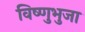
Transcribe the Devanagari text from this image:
विष्णुभुजा